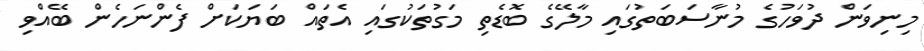
މިނިވަން ދުވަހުގެ މުނާސަބަތުގައި މާލޭގެ ބޮޑެތި މަގުތަކުގައި އެތައް ބަޔަކަށް ފެންނަހެން ބޭއްވި